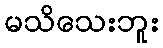
မသိသေးဘူး